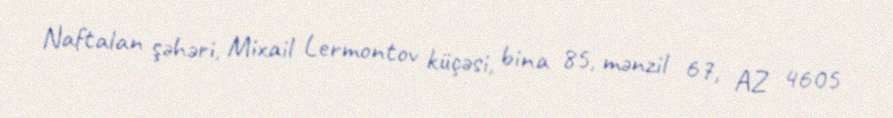
Naftalan şəhəri, Mixail Lermontov küçəsi, bina 85, mənzil 67, AZ 4605